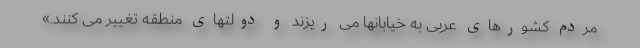
مردم کشورهای عربی به خیابانها می ریزند و دولتهای منطقه تغییر می کنند.»